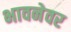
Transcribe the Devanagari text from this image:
भावनेवर